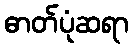
ဓာတ်ပုံဆရာ